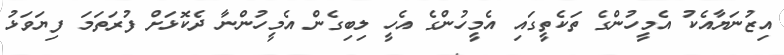
އިޒުނަޔާއެކު އެމީހުންގެ ތަކެތީގައި އެމީހުންގެ އެހީ ލިބިގެން އެމީހުންނާ ދެކޮޅަށް ފުރަތަމަ ފިޔަވަޅު